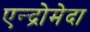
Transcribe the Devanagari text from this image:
एन्द्रोमेदा